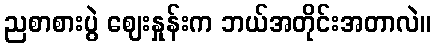
ညစာစားပွဲ ဈေးနှုန်းက ဘယ်အတိုင်းအတာလဲ။